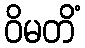
ဝိမတိံ